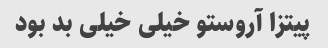
پیتزا آروستو خیلی خیلی بد بود